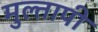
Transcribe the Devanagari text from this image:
मुल्तापी